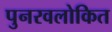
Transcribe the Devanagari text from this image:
पुनरवलोकित